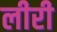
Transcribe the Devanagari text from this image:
लीरी